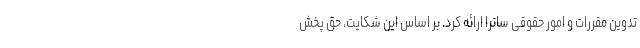
تدوین مقررات و امور حقوقی ساترا ارائه کرد. بر اساس این شکایت، حق پخش